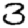
Digit: 3